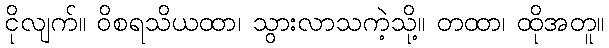
ငိုလျက်။ ဝိစရသိယထာ၊ သွားလာသကဲ့သို့။ တထာ၊ ထိုအတူ။